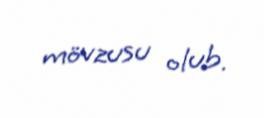
mövzusu olub.